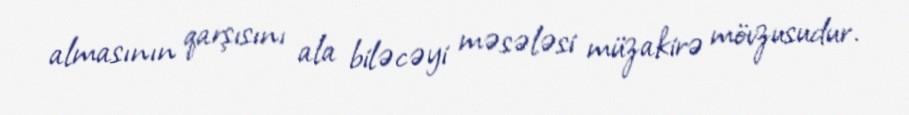
almasının qarşısını ala biləcəyi məsələsi müzakirə mövzusudur.